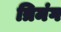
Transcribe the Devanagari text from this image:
त्रिमंग